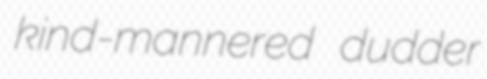
kind-mannered dudder